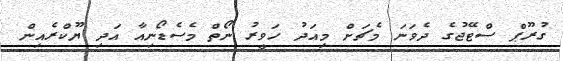
ގުރޫޕް ސްޓޭޖުގެ ދެވަނަ މެޗަށް މިއަދު ހަވީރު ނޯތް މެސެޑޯނިއާ އަދި ޔޫކްރެއިން